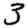
Digit: 3